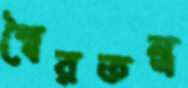
স্বৈরতন্ত্র